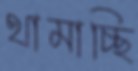
থামাচ্ছি